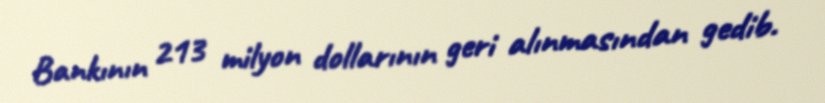
Bankının 213 milyon dollarının geri alınmasından gedib.